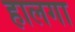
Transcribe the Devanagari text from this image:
हालगा